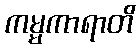
ကမ္မကာရာတိ